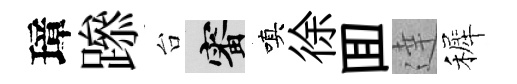
璋𨅶台審嗔徐囬達裤